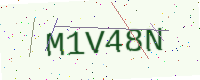
Text: M1V48N